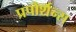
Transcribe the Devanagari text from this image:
प्रपोर्शन्स